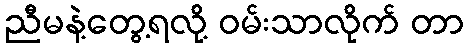
ညီမနဲ့တွေ့ရလို့ ဝမ်းသာလိုက် တာ